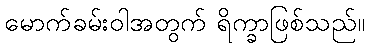
မောက်ခမ်းဝါအတွက် ရိက္ခာဖြစ်သည်။